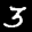
Label: 3